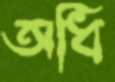
অধি